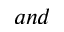
a n d